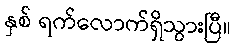
နှစ် ရက်လောက်ရှိသွားပြီ။